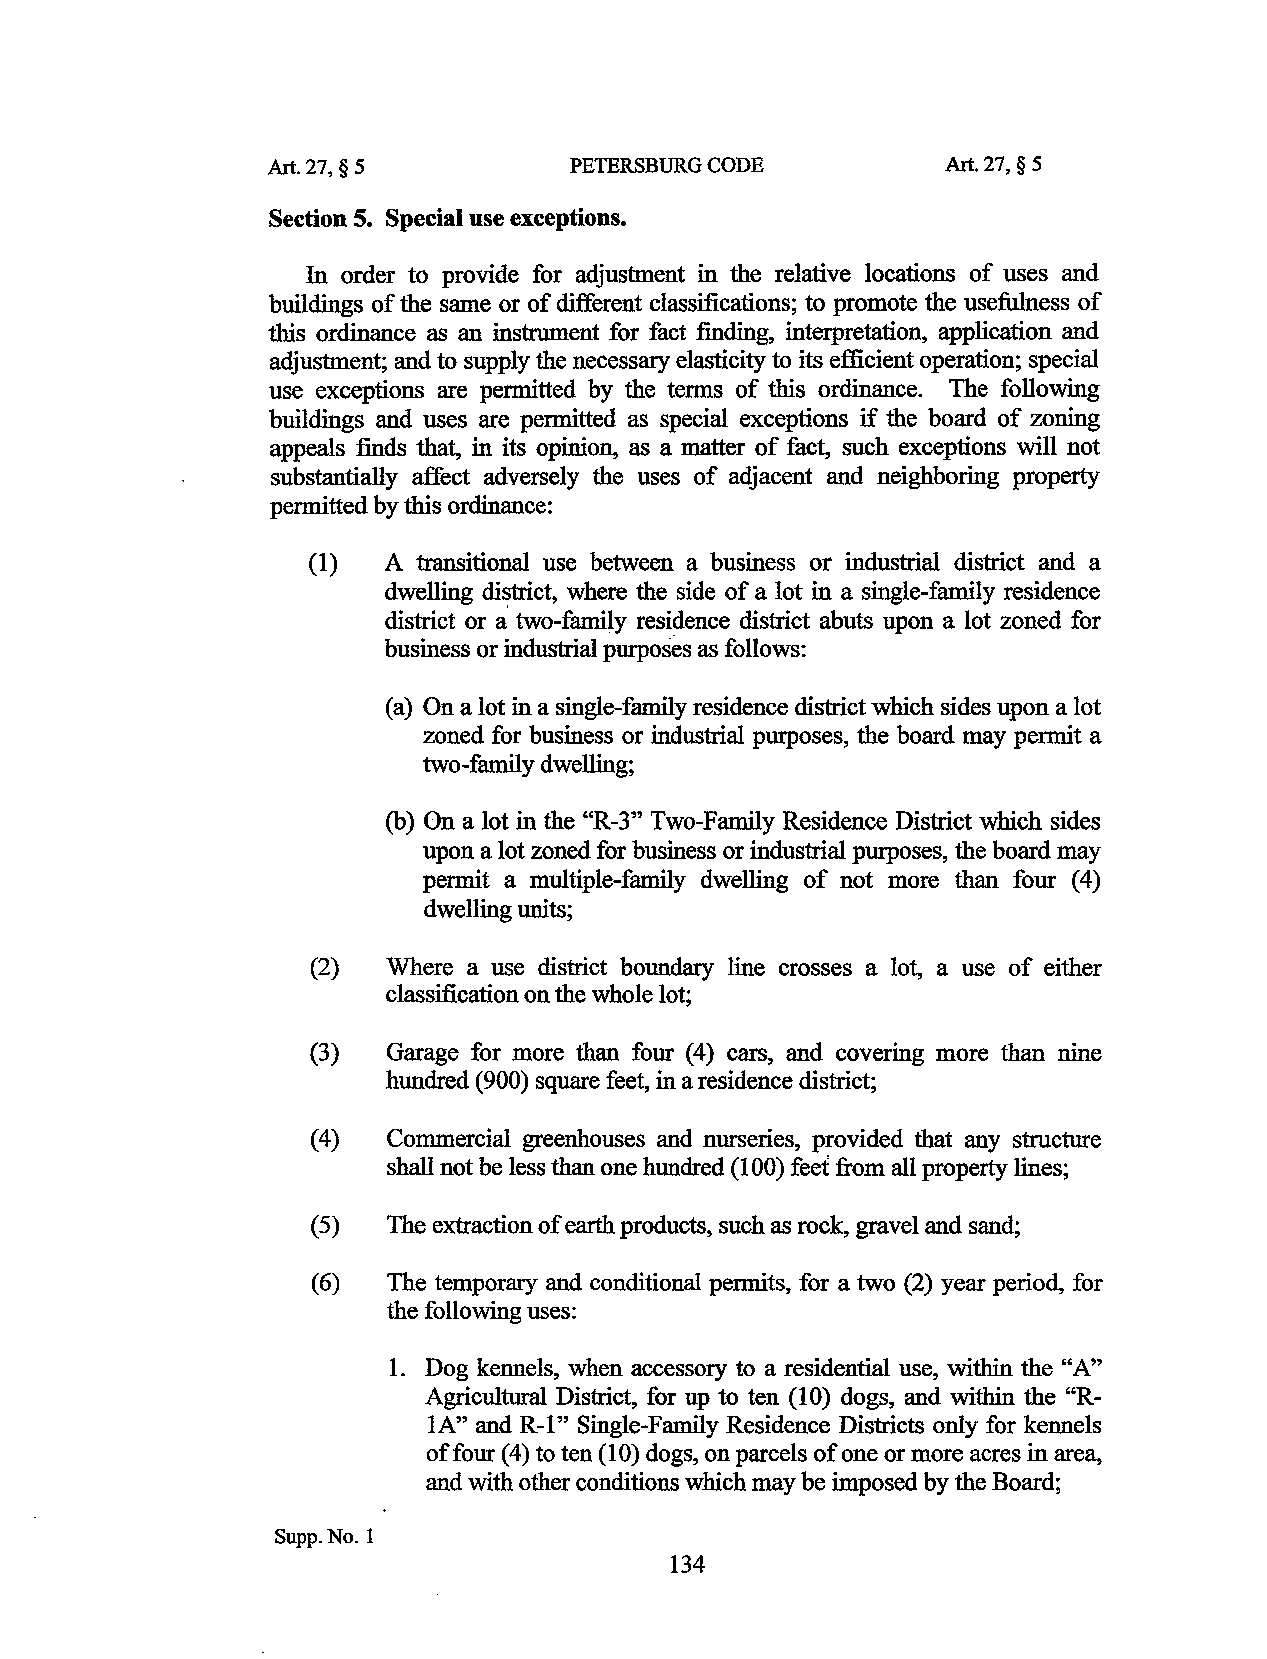
Art.27, § 5         PETERSBURG CODE          Art. 27, § 5
 Section 5. Special use exceptions.
 In order to provide for adjustment in the relative locations of uses and
 buildings of the same or of different classifications; to promote the usefulness of
 this ordinance as an instrument for fact finding, interpretation, application and
 adjustment; and to supply the necessary elasticity to its efficient operation; special
 use exceptions are permitted by the terms of this ordinance. The following
 buildings and uses are permitted as special exceptions if the board of zoning
 appeals finds that, in its opinion, as a matter of fact, such exceptions will not
 substantially affect adversely the uses of adjacent and neighboring property
 permitted by this ordinance:
 (1)  A transitional use between a business or industrial district and a
 dwelling district, where the side of a lot in a single-family residence
 a
 district or two-family residence district abuts upon a lot zoned for
 business or industrial purposes as follows:
 (a) On a lot in a single-family residence district which sides upon a lot
 zoned for business or industrial purposes, the board may permit a
 two-family dwelling;
 (b) On a lot in the "R-3" Two-Family Residence District which sides
 upon a lot zoned for business or industrial purposes, the board may
 permit a multiple-family dwelling of not more than four (4)
 dwelling units;
 (2)  Where a use district boundary line crosses a lot, a use of either
 classification on the whole lot;
 (3)  Garage for more than four (4) cars, and covering more than nine
 hundred (900) square feet, in a residence district;
 (4 ) Commercial greenhouses and nurseries, provided that any structure
 shall not be less than one hundred (1 00) feet from all property lines;
 (5)  The extraction of earth products, such as rock, gravel and sand;
 (6)  The temporary and conditional permits, for a two (2) year period, for
 the following uses:
 1. Dog kennels, when accessory to a residential use, within the "A"
 Agricultural District, for up to ten (10) dogs, and within the "R
 IA" and R-1" Single-Family Residence Districts only for kennels
 of four (4 ) to ten (1 0) dogs, on parcels of one or more acres in area,
 and with other conditions which may be imposed by the Board;
 Supp.No.l
 134